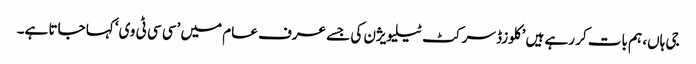
جی ہاں، ہم بات کر رہے ہیں ’کلوزڈ سرکٹ ٹیلیویژن کی جسے عرف عام میں ’سی سی ٹی وی‘ کہا جاتا ہے۔